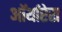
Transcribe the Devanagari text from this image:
ऑर्थाप्टेरा